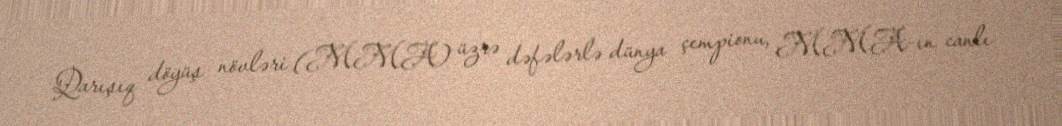
Qarışıq döyüş növləri (MMA) üzrə dəfələrlə dünya çempionu, MMA-ın canlı